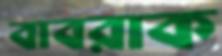
বাবরাক